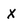
Character: X